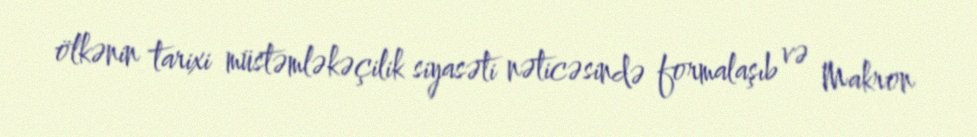
ölkənin tarixi müstəmləkəçilik siyasəti nəticəsində formalaşıb və Makron